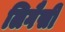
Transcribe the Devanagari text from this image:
लिगैसी